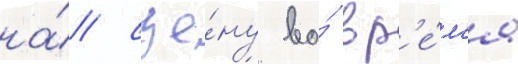
на́ сце́ну во́ вр'е́м'я